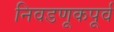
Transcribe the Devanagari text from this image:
निवडणूकपूर्व